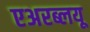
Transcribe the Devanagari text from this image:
एअरब्लयू